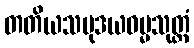
တတိယသမုဒယဓမ္မသုတ္တံ